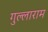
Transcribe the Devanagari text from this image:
गुल्लाराम